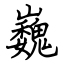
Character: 巍